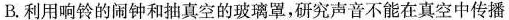
B.利用响铃的闹钟和抽真空的玻璃罩，研究声音不能在真空中传播